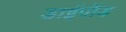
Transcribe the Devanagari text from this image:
डाईपॉड